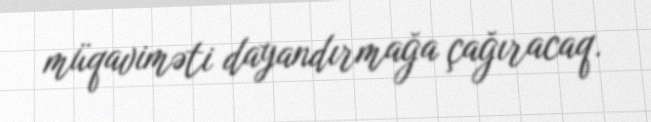
müqaviməti dayandırmağa çağıracaq.